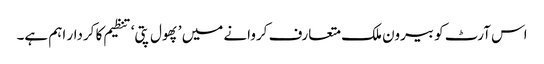
اس آرٹ کو بیرون ملک متعارف کروانے میں ’پھول پتی‘ تنظیم کا کردار اہم ہے۔